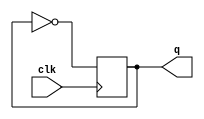
`timescale 1ns / 1ps

module T_trigger_signal1(
                 input clk,
                 output reg q);
               
    
    always @(posedge clk) 
        q <= ~q;

    initial
    q <= 0;
endmodule